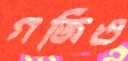
গজিও